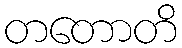
တတောတိ